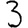
Digit: 3